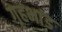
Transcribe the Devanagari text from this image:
गृहभांड